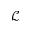
\mathcal { L }